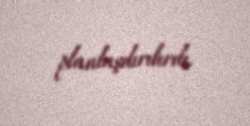
planlaşdırılırdı.